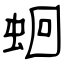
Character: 蛔